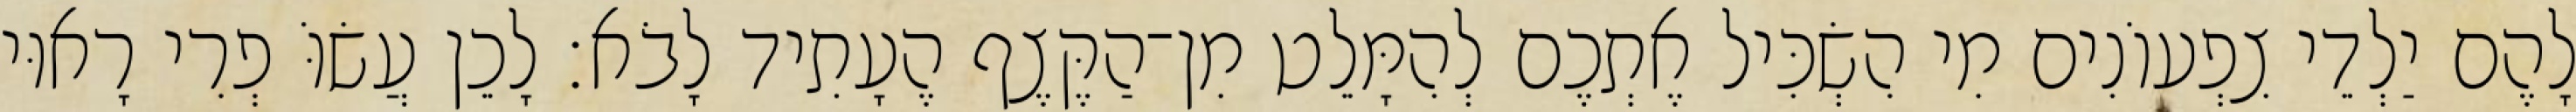
לָהֶם יַלְדֵי צִפְעוֹנִים מִי הִשְׂכִּיל אֶתְכֶם לְהִמָּלֵט מִן־הַקֶּצֶף הֶעָתִיד לָבֹא׃ לָכֵן עֲשׂוֹּ פְרִי רָאוּי